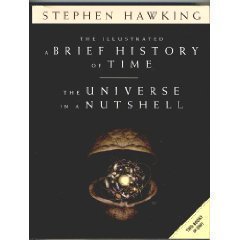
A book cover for The Illustrated A Brief History of Time / The Universe in a Nutshell - Two Books in One; Stephen Hawking; Science & Math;